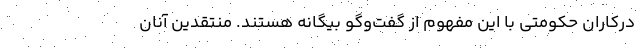
دركاران حكومتي با اين مفهوم از گفت‌وگو بيگانه هستند. منتقدين آنان